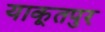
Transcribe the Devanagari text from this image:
याकूतपुर